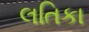
લતિકા